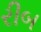
રીબ